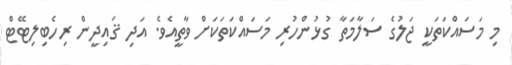
މި މަސައްކަތަކީ ޖަލުގެ ސަލާމަތާ ގުޅުންހުރި މަސައްކަތަކަށް ވާތީއެވެ. އަދި ޤައިދީން ރިހެބިލިޓޭޓް